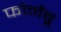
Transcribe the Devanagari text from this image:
फोर्नेबू